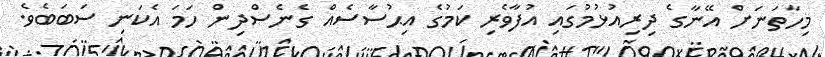
މިހާތަނަށް އޭނާގެ ދިރިއުޅުމުގައި އުފާވެރި ކަމުގެ އިޙުސާސެއް ގެނެސްދިން ހަމަ އެކަނި ސަބަބެވެ.